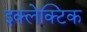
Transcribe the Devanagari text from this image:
इक्लेक्टिक